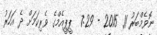
ނޮވެމްބަރު 11